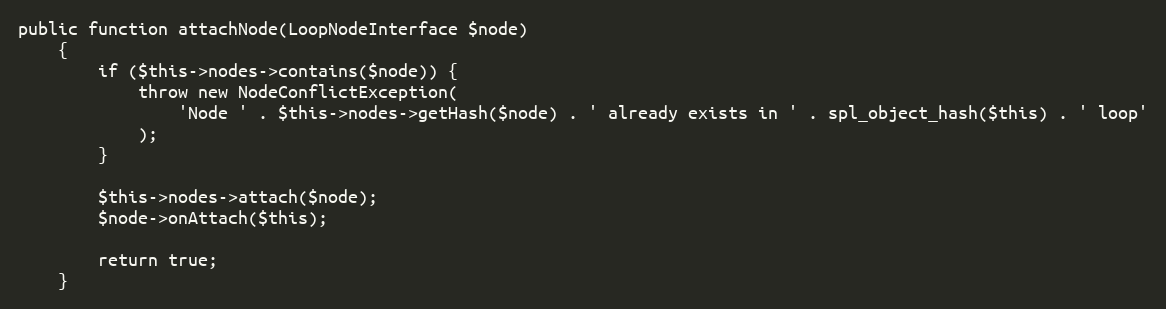
Language: PHP
public function attachNode(LoopNodeInterface $node)
    {
        if ($this->nodes->contains($node)) {
            throw new NodeConflictException(
                'Node ' . $this->nodes->getHash($node) . ' already exists in ' . spl_object_hash($this) . ' loop'
            );
        }

        $this->nodes->attach($node);
        $node->onAttach($this);

        return true;
    }